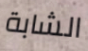
الشابة